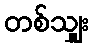
တစ်သျှူး